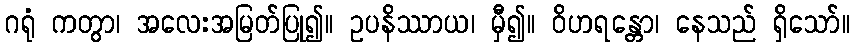
ဂရုံ ကတွာ၊ အလေးအမြတ်ပြု၍။ ဥပနိဿာယ၊ မှီ၍။ ဝိဟရန္တော၊ နေသည် ရှိသော်။